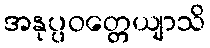
အနုပ္ပဝတ္တေယျာသိ